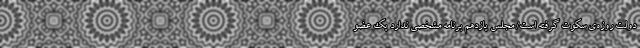
دولت روزه‌ی سکوت گرفته است/ مجلس یازدهم برنامه مشخصی ندارد یک عضو